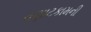
વણાટકામની